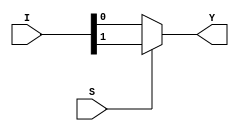
`timescale 1ns / 1ps
//////////////////////////////////////////////////////////////////////////////////
// Company: 
// Engineer: 
// 
// Design Name: 
// Module Name: mux
// Project Name: 
// Target Devices: 
// Tool Versions: 
// Description: 
// 
// Dependencies: 
// 
// Revision:
// Revision 0.01 - File Created
// Additional Comments:
// 
//////////////////////////////////////////////////////////////////////////////////


module mux(Y,I,S);
 input [1:0] I;
 input S;
 output reg Y;
 always @ *
 if(S)
    Y=I[1];
 else
    Y=I[0];
 endmodule